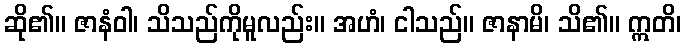
ဆို၏။ ဇာနံဝါ၊ သိသည်ကိုမူလည်း။ အဟံ၊ ငါသည်။ ဇာနာမိ၊ သိ၏။ ဣတိ၊